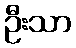
ဦးသာ